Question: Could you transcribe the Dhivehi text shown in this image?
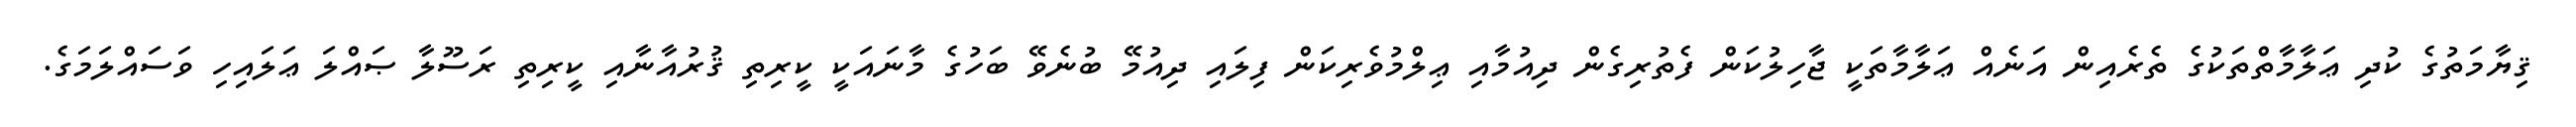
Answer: ޤިޔާމަތުގެ ކުދި ޢަލާމާތްތަކުގެ ތެރެއިން އަނެއް ޢަލާމާތަކީ ޖާހިލުކަން ފެތުރިގެން ދިއުމާއި ޢިލްމުވެރިކަން ފިލައި ދިއުމޭ ބުނެވޭ ބަހުގެ މާނައަކީ ކީރިތި ޤުރުއާނާއި ކީރިތި ރަސޫލާ ޞައްލަ ޢަލައިހި ވަސައްލަމަގެ.